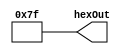
// Displays hex characters to the 7-segment display

module blankHexDisplay(hexOut);
// displays all parts of the 7-segment display blank

	output[6:0] hexOut;
	wire blank = 1'b1;
	
	assign hexOut[0] = blank;
	assign hexOut[1] = blank;
	assign hexOut[2] = blank;
	assign hexOut[3] = blank;
	assign hexOut[4] = blank;
	assign hexOut[5] = blank;
	assign hexOut[6] = blank;
endmodule

module hexDisplay(in, hexOut);
// converts a 4-bit input to a hex character on the 7-segment display
	
	input[3:0]in;
	
	output[6:0] hexOut;
	reg[6:0] hexOut;
	
	reg A, B, C, D;
	
	always@(*)
	begin
		A = in[3];
		B = in[2];
		C = in[1];
		D = in[0];
		
		hexOut[0] = ~((~B&~D)|(B&C)|(A&~D)|(~A&C)|(~A&B&D)|(A&~B&~C));
		hexOut[1] = ~((~A&~C&~D)|(A&~C&D)|(~A&C&D)|(~B&~D)|(~B&~C));
		hexOut[2] = ~((~A&~C)|(~A&D)|(~C&D)|(~A&B)|(A&~B));
		hexOut[3] = ~((A&~C&~D)|(~A&~B&~D)|(B&C&~D)|(~B&C&D)|(B&~C&D));
		hexOut[4] = ~((A&~D)|(C&~D)|(A&B)|(A&C)|(~B&~D));
		hexOut[5] = ~((A&~B)|(A&C)|(B&~D)|(~C&~D)|(~A&B&~C));
		hexOut[6] = ~((A&~B)|(A&D)|(C&~D)|(~B&C)|(~A&B&~C));
	end	
endmodule